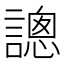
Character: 謥